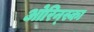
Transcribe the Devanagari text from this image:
ओरिन्स्का